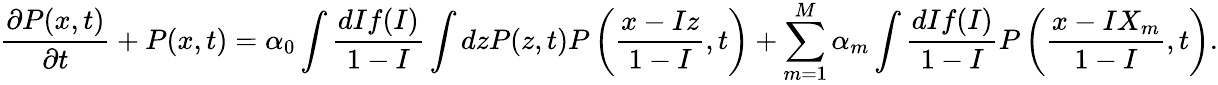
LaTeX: \frac{\partial P(x,t)}{\partial t}+P(x,t)=\alpha_{0}\int\frac{dIf(I)}{1-I}\int dzP(z,t)P\left(\frac{x-Iz}{1-I},t\right)+\sum_{m=1}^{M}\alpha_{m}\int\frac{dIf(I)}{1-I}P\left(\frac{x-IX_{m}}{1-I},t\right).